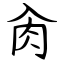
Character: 肏